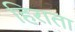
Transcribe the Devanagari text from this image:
हिराता